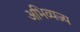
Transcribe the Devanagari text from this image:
अभिव्यज्य